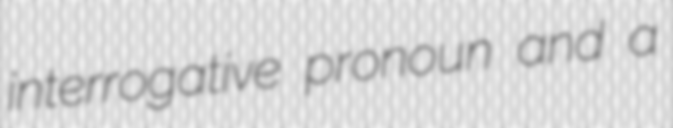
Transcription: interrogative pronoun and a